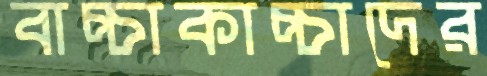
বাচ্চাকাচ্চাদের